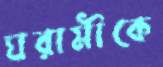
ঘরামীকে